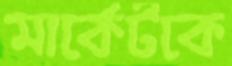
মার্কেটকে